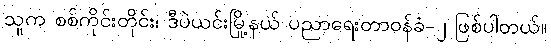
သူက စစ်ကိုင်းတိုင်း၊ ဒီပဲယင်းမြို့နယ် ပညာရေးတာဝန်ခံ-၂ ဖြစ်ပါတယ်။